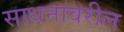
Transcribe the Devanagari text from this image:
साधनावरील